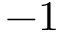
- 1